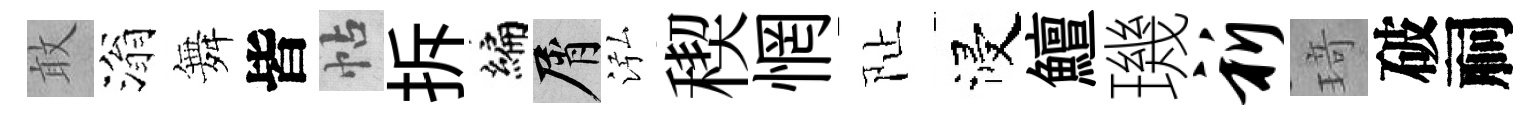
敢滃舞皆帖拆编屑泓稧惘阯浸鱣璣祈𤦺破祠